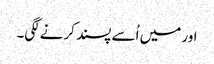
اور میں اُسے پسند کرنےلگی۔